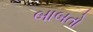
બાબતો